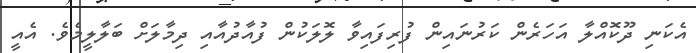
އެކަނި ދޫކޮއްލާ އަހަރެން ކަރުނައިން ފުރިފައިވާ ލޮލަކުން ފުއާދުއާއި ދިމާލަށް ބަލާލީމެވެ. އެއީ